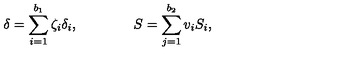
\delta = \sum _ { i = 1 } ^ { b _ { 1 } } \zeta _ { i } \delta _ { i } , \qquad \qquad S = \sum _ { j = 1 } ^ { b _ { 2 } } v _ { i } S _ { i } ,